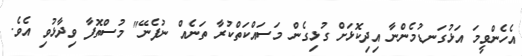
އެހެންވީމަ އަޅުގަނޑުމެންނާ އިދިކޮޅަށް ގުޅިގެން މަސައްކަތްކުރާ ތަނެއް ނުފެނޭ" މުސްތޮފާ ވިދާޅުވި އެވެ.